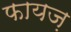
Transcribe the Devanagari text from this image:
फायज़